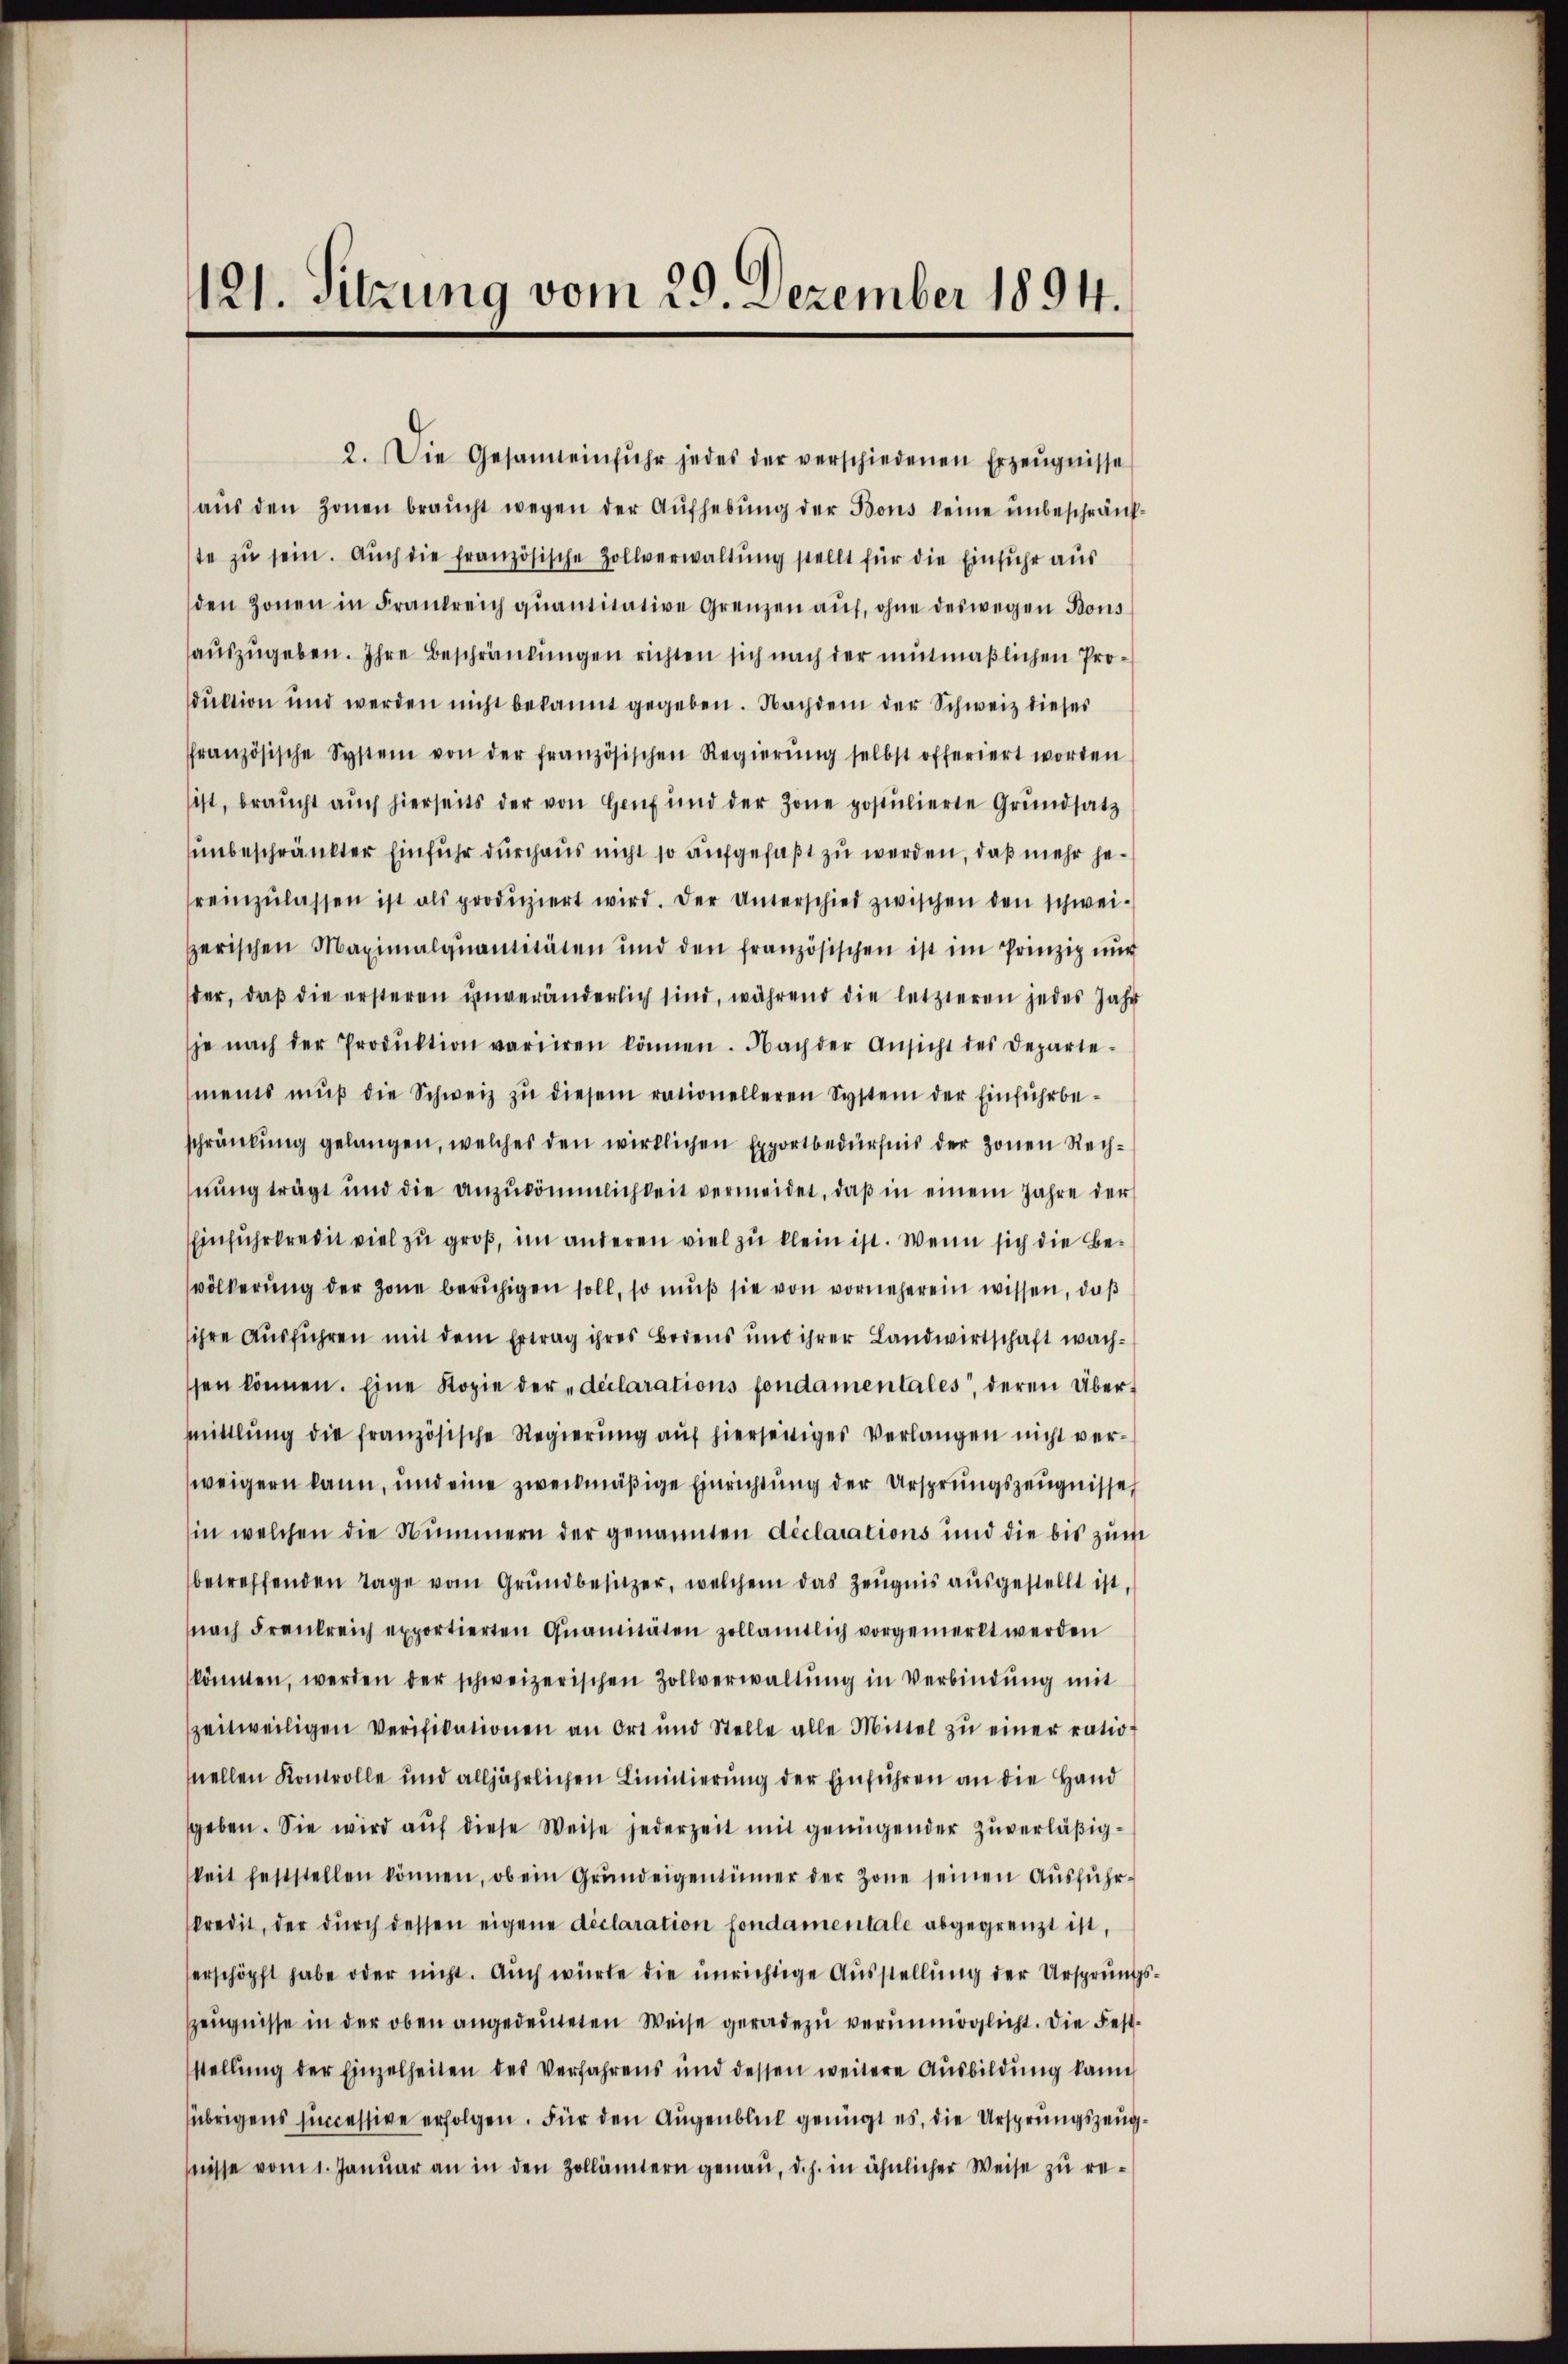
121. Sitzung vom 29. Dezember 1894.

2. Die Gesaneinfŭhr jedes der verschiedenen Erzeŭgnisse
aŭs den Zonen braucht wegen der Aufhebung der Bons keine unbeschränkte zŭ sein. Aŭch die französische Zollverwaltŭng stellt für die Einfuhr aus
den Zonen in Frankreich quantitative Grenzen auf, ohne deswegen Bons
auszugeben. Ihre Beschränkungen richten sich nach der mutmaßlichen Produktion und werden nicht bekannt gegeben. Nachdem der Schweiz dieses
französische System von der französischen Regierŭng selbst offeriert worden
sist, braucht aŭch hierseits der von Hanf und der Zone postulierte Grundsatz
unbeschränkter Einfuhr durchaus nicht so aufgefaßt zu werden, daß mehr jereinzŭlassen ist als produziert wird. Der Unterschied zwischen den schwei-
Herischen Maximalquantitäten und den französischen ist im Prinzip nŭr
der, daß die ersteren unveränderlich sind, während die letzteren jedes Jahr
je nach der Produktion variiren können. Nach der Ansicht des Departe-
meins mŭβ die Schweiz zŭ diesem rationelleren System der Einführbeschränkung gelangen, welches den wirklichen Exportbedürfnis der Zonen Rechnung trägt und die anzukömmlichkeit vermeidet, daß in einem Jahre der
Einfuhrkredit viel zu groß, im anderen viel zu klein ist. Wenn sich die Bevölkerung der Zone beruhigen soll, so muß sie von vorneherein wissen, daß
ihre Ausführen mit dem Ertrag ihres Bodens und ihrer Landwirtschaft wachssen können. Eine Kopie der „declarations fondamentales“, deren Übermittlung die französische Regierung auf hierseitiges Verlangen nicht verweigern kann, und eine zweckmäßige Einrichtung der Ursprungszeugnisse
in welchen die Nummern der genannten déclarations und die bis zŭm
betreffenden Tage vom Grundbesitzer, welchem das Zeugnis ausgestellt ist,
nach Frankreich exportierten Quantitäten zollamtlich vorgemerkt werden
könnten, werden der schweizerischen Zollverwaltŭng in Verbindŭng mit
szeitweiligen Verifikationen an Ort und Stelle alle Mittel zŭ einer ratio
mellen Kontrolle und alljährlichen Linidierung der Einführen an die Hand
sgeben. Sie wird auf diese Weise jederzeit mit genügender Zuverläßigkeit feststellen können, ob ein Grŭndeigentümer der Zone seinen Aŭsführ-
kredit, der dŭrch dessen eigene déclaration fondamentale abgegrenzt ist,
erschöpft habe oder nicht. Auch würde die unrichtige Ausstellung der Ursprungs¬
ZZeugnisse in der oben angedeuteten Weise geradezu verunmöglicht. Die Feststellung der Einzelheiten des Verfahrens und dessen weitere Ausbildung kann
übrigens sincessive erfolgen. Für den Augenblick genügt es, die Ursprungszeugnisse vom 1. Januar an in den Zollämtern genau, d.h. in ähnlicher Weise zu re¬